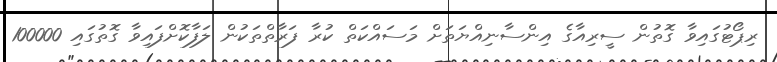
ރިޕޯޓުގައިވާ ގޮތުން ސީރިއާގެ އިންސާނިއްޔަތަށް މަސައްކަތް ކުރާ ފަރާތްތަކުން ލަފާކޮށްފައިވާ ގޮތުގައި 100000